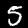
Label: 5